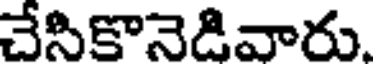
చేసికొనెడివారు.